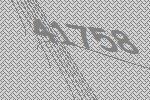
41758